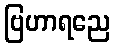
ဗြဟာရညေ